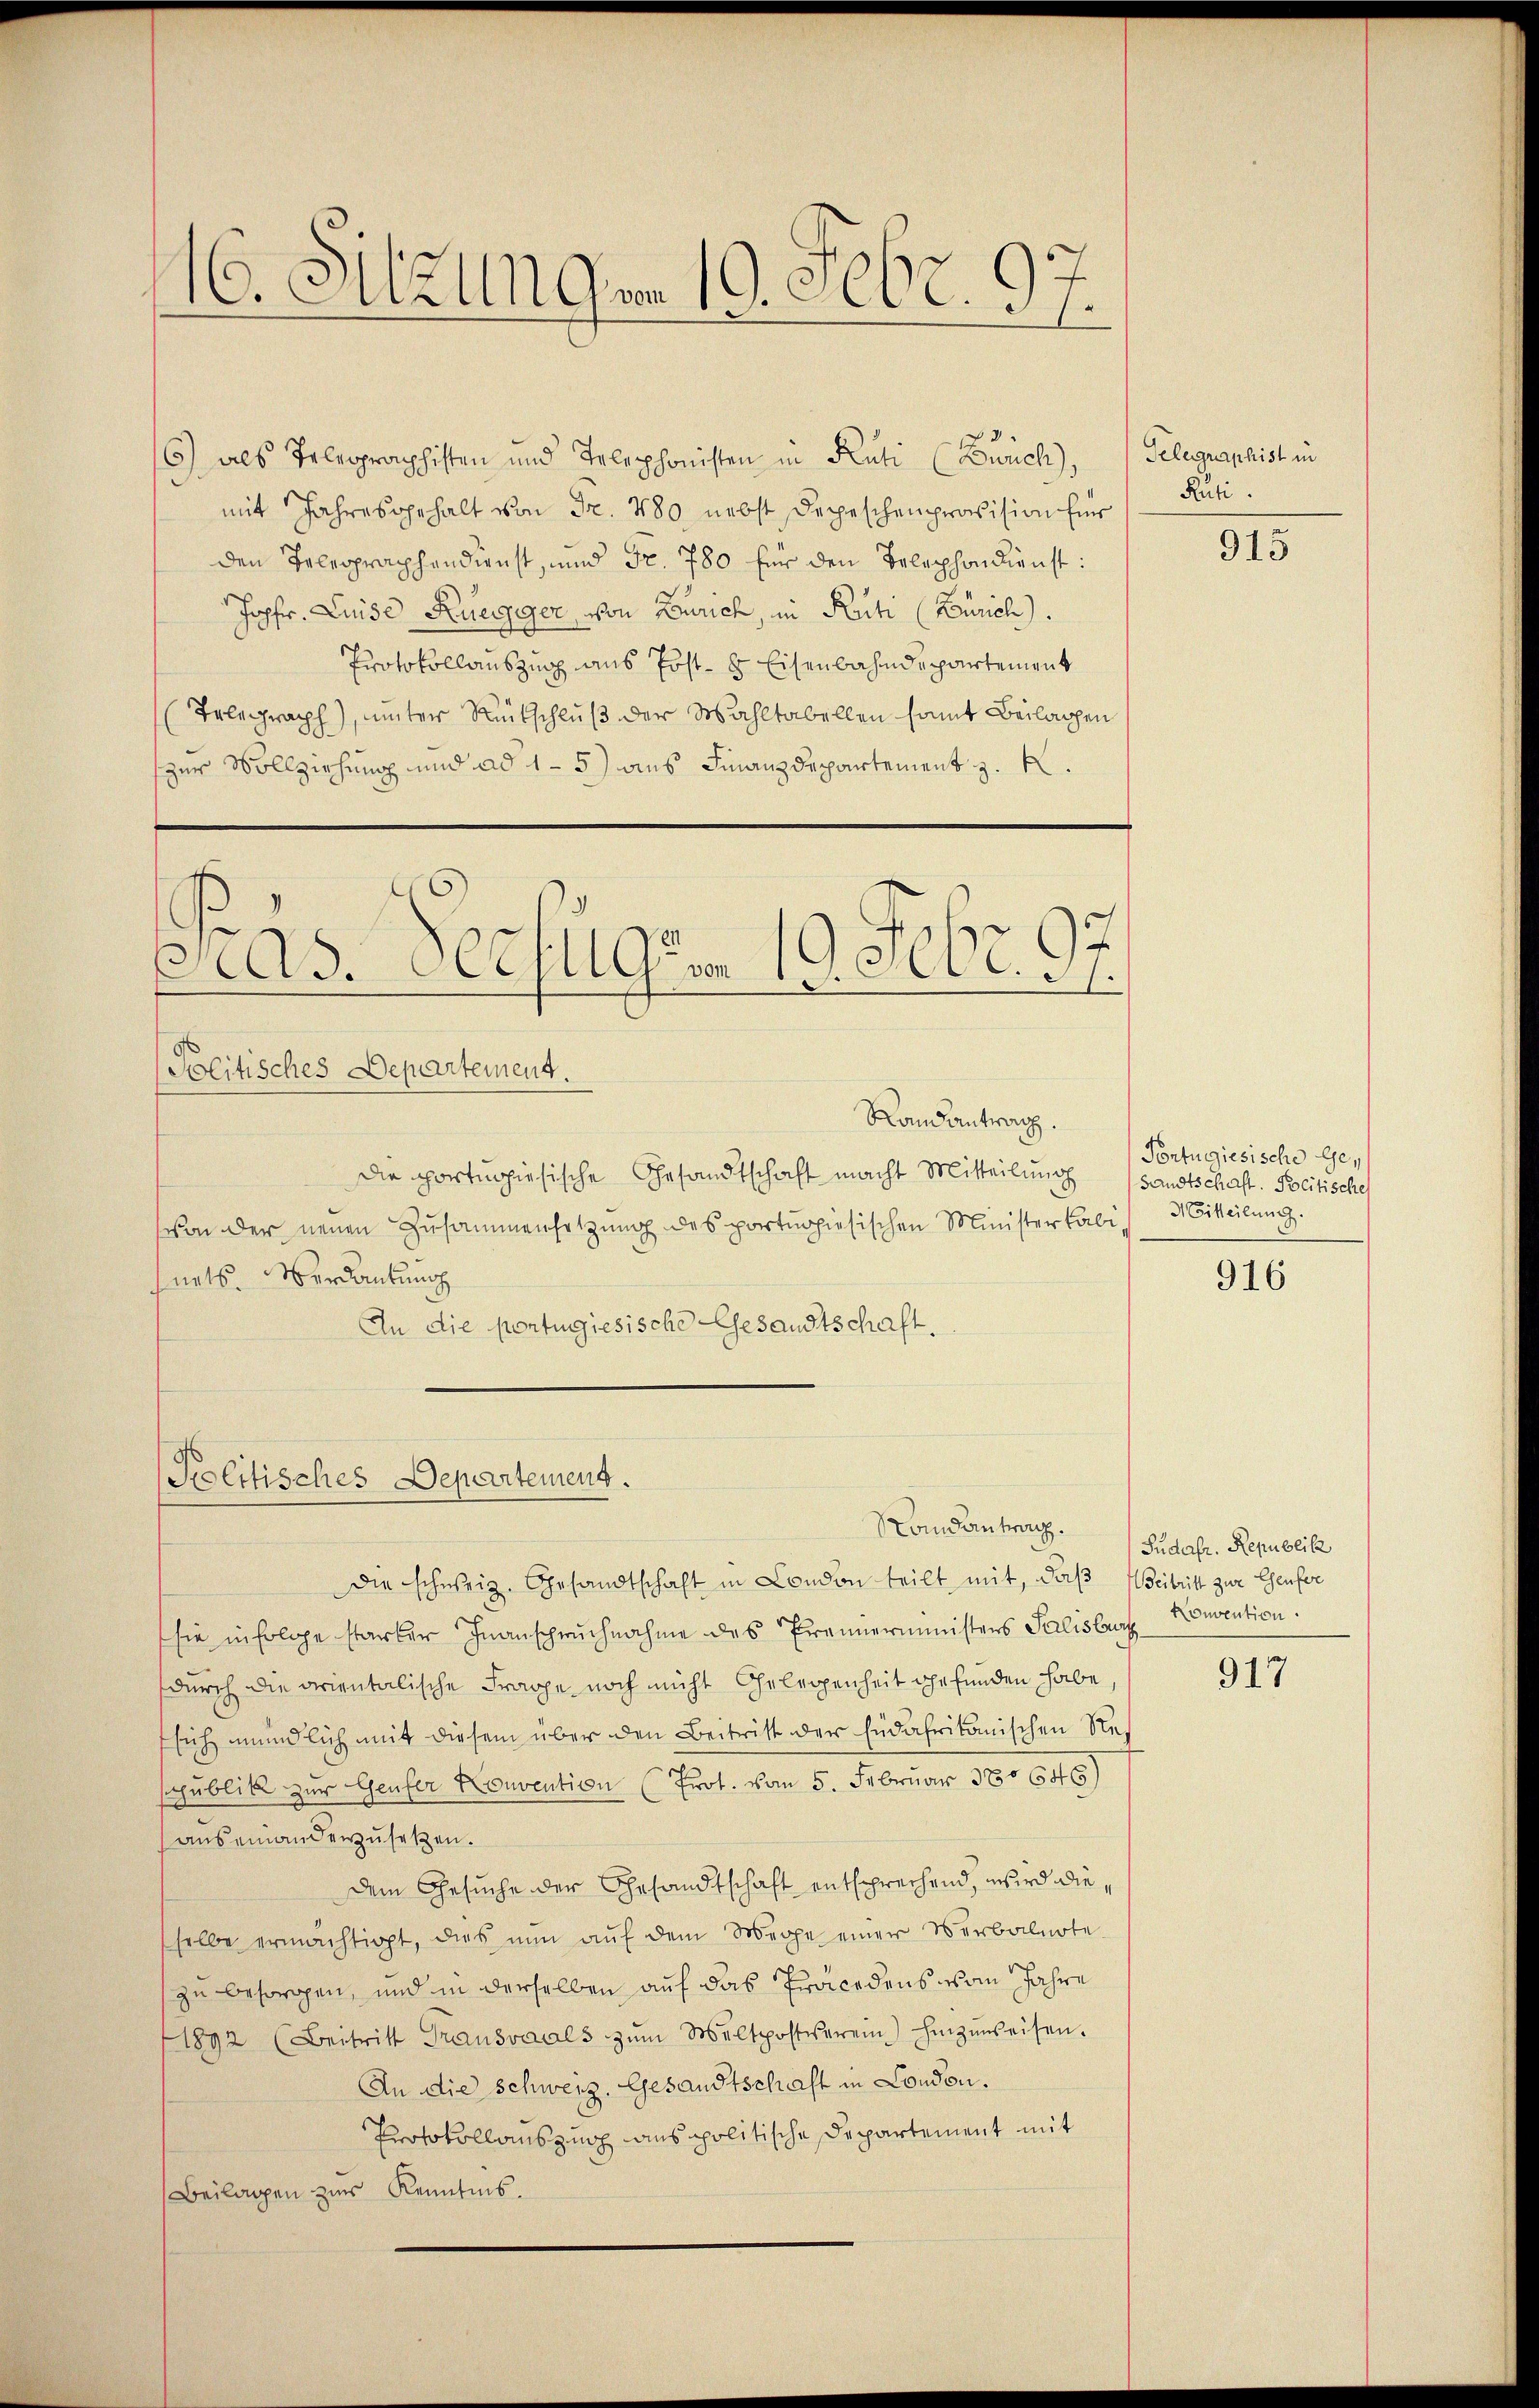
16. Sitzungen 19. Febr. 97.

6) als Telegraphisten und Telephonisten in Rüti (Zürich), Gelegraphist in
mit Jahresgehalt von Fr. 480, nebst Depeschenprovision für
den Teleographendienst, und Fr. 780 für den Telephondienst:
Jopfr. Luise Ruegger, von Zürich, in Rüti (Zürich).
Protokollauszug aus Post- & Eisenbahndepartement
Telegraph), unter Rückschluß der Wahltabellen somit Beilagen
zur Vollziehung und ad 1 - 5) aus Finanzdepartement z. K.

Pras. Decfugs. 19. Febr. 97.

Politisches Departement.

Politisches Departement.
Die portugisische Gesandtschaft macht Mitteilung
von der neuen Zusammensetzung des portŭopiesischen Ministerkabi, Mitteilung.
snets. Verdantung
An die portugiesische Gesandtschaft.

Randantrag.

Standantrach.

Ruti.

Die schweiz. Gesandtschaft in Condon teilt mit, daß Weitritt zur Genfer
sie infolge starker Inanspruchnahme des Fraunerministers Salisburg
durch die orientalische Frage noch nicht Gelegenheit gefunden habe,
sich mündlich mit diesem über den Beitritt der Endahrikanischen Respublik zur Genfer Konvention (Prot. vom 5. Februar 18064)
auseinanderzusetzen.
dem Gesuche der Gesandtschaft entsprechend, wird dieselbe ermächtigt, dies nŭn aŭf dem Wege einer Verbalnote
zu besorgen, und in derselben auf das Präcedens vom Jahre
1892 (Beitritt Trausvaals zŭm Weltpostiverein) hinzŭweisen.
An die Schweiz. Gesandtschaft in Condon.
Protokollauszug aus politische Departement mit
Beilagen zur Kenntnis.

915

Portugiesische Gesandtschaft. Politisches

916

Sudafr. Republik
Konvention.

917